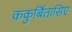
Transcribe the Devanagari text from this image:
ककुर्बितासिए